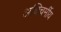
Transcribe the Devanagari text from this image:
अधिचर्मीय